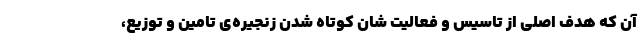
آن که هدف اصلی از تاسیس و فعالیت شان کوتاه شدن زنجیره‌ی تامین و توزیع،